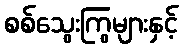
စစ်သွေးကြွများနှင့်